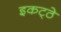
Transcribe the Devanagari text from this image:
इकट्‍ठे